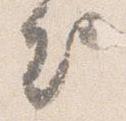
出